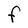
Character: F